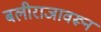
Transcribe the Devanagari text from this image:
बलीराजावरून